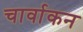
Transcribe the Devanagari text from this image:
चार्वाकन